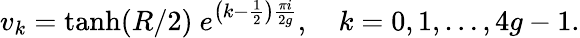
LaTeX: v_{k}=\operatorname{tanh}(R/2)~e^{\left(k-\frac{1}{2}\right)\frac{\pi i}{2g}},\quad k=0,1,\dots,4g-1.